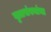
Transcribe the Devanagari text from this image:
वृत्तसंस्थांचा